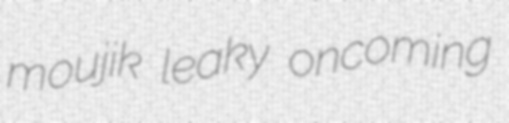
moujik leaky oncoming